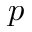
p